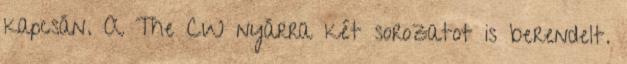
kapcsán. A The CW nyárra két sorozatot is berendelt.